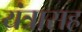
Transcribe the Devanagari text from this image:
यंत्रासह